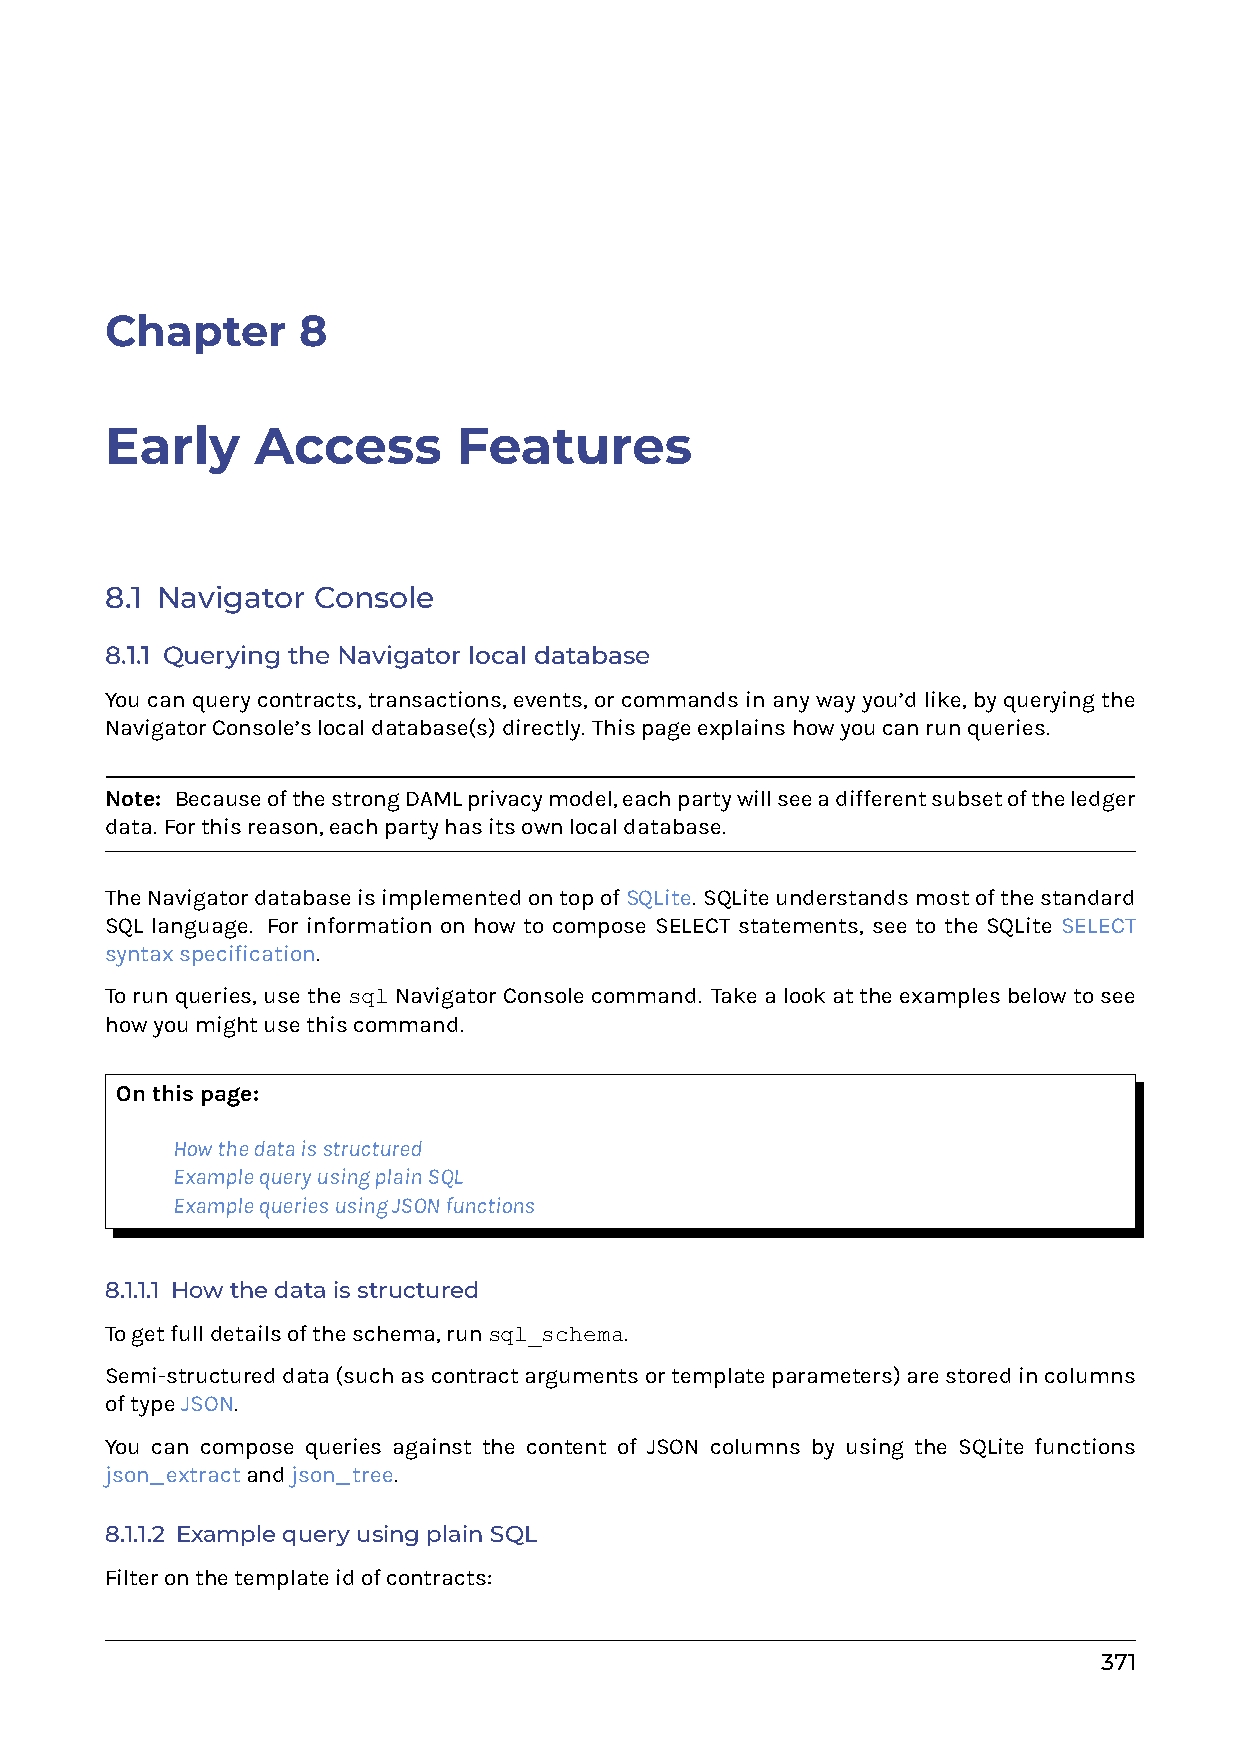
Chapter      8
 Early     Access       Features
 8.1 Navigator Console
 8.1.1 Querying the Navigator local database
 Youcanquerycontracts, transactions, events, orcommandsinanywayyou’dlike, byqueryingthe
 NavigatorConsole’slocaldatabase(s)directly. Thispageexplainshowyoucanrunqueries.
 Note: BecauseofthestrongDAMLprivacymodel,eachpartywillseeadifferentsubsetoftheledger
 data. Forthisreason,eachpartyhasitsownlocaldatabase.
 TheNavigatordatabaseisimplementedontopofSQLite. SQLiteunderstandsmostofthestandard
 SQL language. For information on how to compose SELECT statements, see to the SQLite SELECT
 syntaxspecification.
 Torunqueries,usethesqlNavigatorConsolecommand. Takealookattheexamplesbelowtosee
 howyoumightusethiscommand.
 Onthispage:
 0 Howthedataisstructured
 0 ExamplequeryusingplainSQL
 0 ExamplequeriesusingJSONfunctions
 8.1.1.1 Howthedataisstructured
 Togetfulldetailsoftheschema,runsql_schema.
 Semi-structureddata(suchascontractargumentsortemplateparameters)arestoredincolumns
 oftypeJSON.
 You can compose queries against the content of JSON columns by using the SQLite functions
 json_extractandjson_tree.
 8.1.1.2 ExamplequeryusingplainSQL
 Filteronthetemplateidofcontracts:
 371